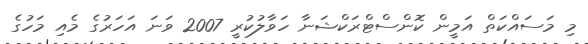
މި މަސައްކަތް އަމީން ކޮންސްޓްރަކްޝަނާ ހަވާލުކުރީ 2007 ވަނަ އަހަރުގެ މެއި މަހުގެ